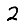
Digit: 2